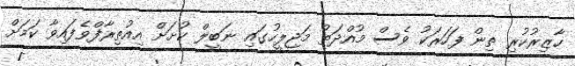
ހާޒިރުކުރި ތިން ފަހަރަކު ވެސް މުއްދަތު މަޖިލީހުގައި ނަބީލް ކުށަށް އިއުތިރާފްވެފައިވާ ކަމަށް